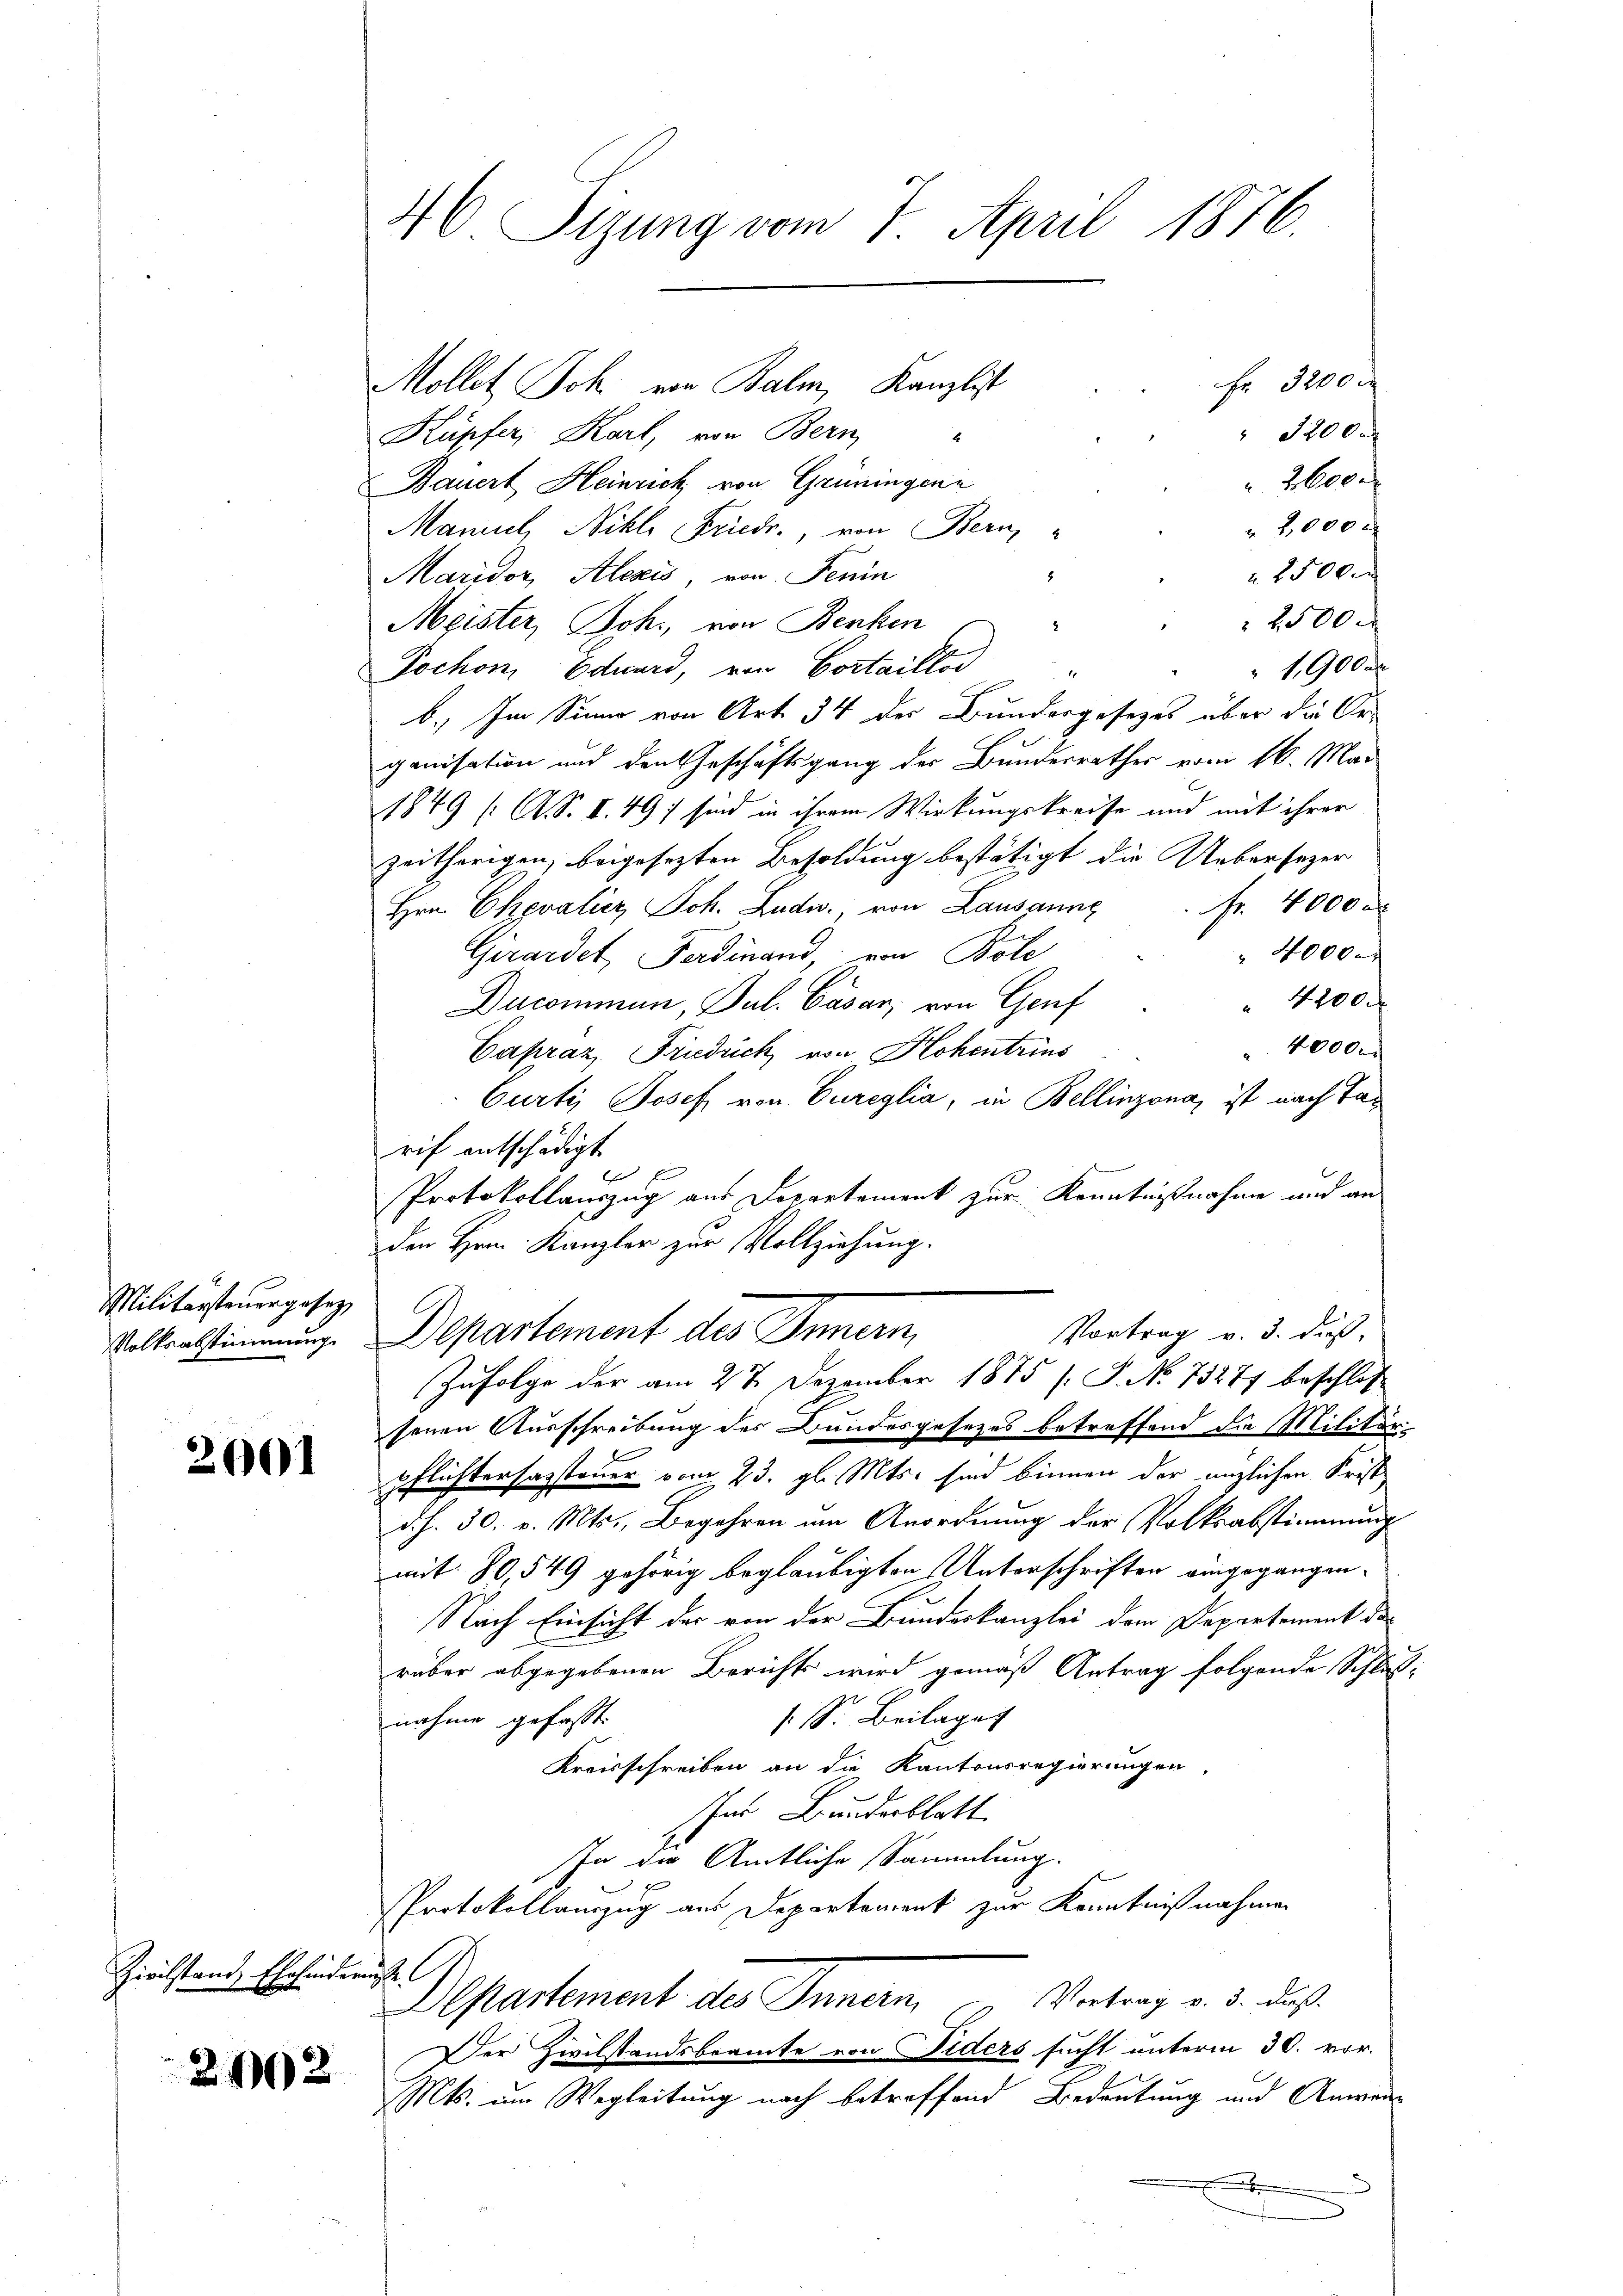
Militärsteuergesetz

2001

Zivilstand, Ehehinderung

242

Fr. 3200
Mollet Joh. von Balm, Kanzlist
 32000
Küpfer, Karl, von Bern,
2600
Bauert Heinrich von Grüningene
2,000 x
Maniel, Nikle Friedr., von Bern,
 1500
Maridor, Alexis, von Fenin
2500.
Meister, Joh., von Benken
1,900 Fr
Pochon Eduard, von Cortaillod "
b. Im Sinne von Art. 34 der Bundergesezes über die Organisation und den Geschäftsgang der Bundesrathes vom 16. Mai
1849 (: A. S. I. 497 sind in ihrem Wirkungskreise und mit ihrer
zeitherigen, beigesezten Besoldung bestätigt die Uebersezer
Hrn. Chevalier Joh. Ludw. von Lausanne. Fr. 4000 a
 40000
Girardet, Ferdinand, von Bote
 4200.
Ducommen, Jul. Cäsar, von Genf
40000
Capraz, Friedrich von Hohentrius
Curti, Josef von Eureglia, in Bellinzona, ist nach Tarif entschädigt
 x
Protokollauszug aus Departement zur Kenntnißnahme und an
den Hrn. Kanzler zur Vollziehung.
Vortrag v. 3. dieß,
Volkensstimmung. Departement des Innern,
Zufolge der am 27. Dezember 1875 (: P. No 73277 beschlos
senen Ausschreibung des Bundesgesezes betreffend die Militär-
pflichtersazsteuer vom 23. gl. Mts. sind binnen der änzlichen Krist
d.h. 30. v. Mts., Begehren um Anordnung der Volksabstimmung
mit. 80,549 gehörig beglaubigten Unterschriften eingegangen.
Nach Einsicht der von der Bundeskanzlei dem Departement des
rüber abgegebenen Berichts wird gemäß Antrag folgende Schlußs. S. Beilaget
nahme gefasst.
Kreisschreiben an die Kantonsregierungen,
nr Bundesblatt
In die Amtliche Sammlung.
PProtokollauszug aus Departement zur Kenntnißnahmen
Departement des Innern, Vertrag v. 3. daß
Der Zivilstandsbeamte von Fiders sucht unterm 30. vor.
Mts. um Wegleitung nach betreffend Bedeutung und Anweis

46 Sizung vom 7. April 1876.